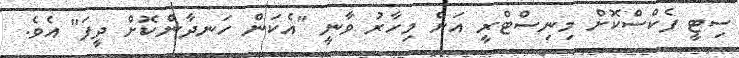
ސިޓީ ފެކްސްކޮށް މިނިސްޓްރީ އަށް މިހާރު ވާނީ "އެކަން ހަނދާންކޮށް ދީފަ" އެވެ.